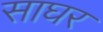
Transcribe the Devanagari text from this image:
साघर